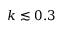
k \lesssim 0 . 3